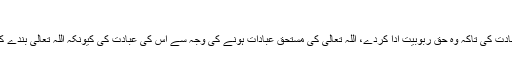
( الفتح الربانی )
* مخلص وہ ہے جس نے صدقِ دل سے اللہ کی عبادت کی تاکہ وہ حقِ ربوبیت ادا کردے، اللہ تعالیٰ کی مستحقِ عبادات ہونے کی وجہ سے اس کی عبادت کی کیونکہ اللہ تعالیٰ بندے کا مالک ہے اور بندے پر اس کی اطاعت لازم ہے۔